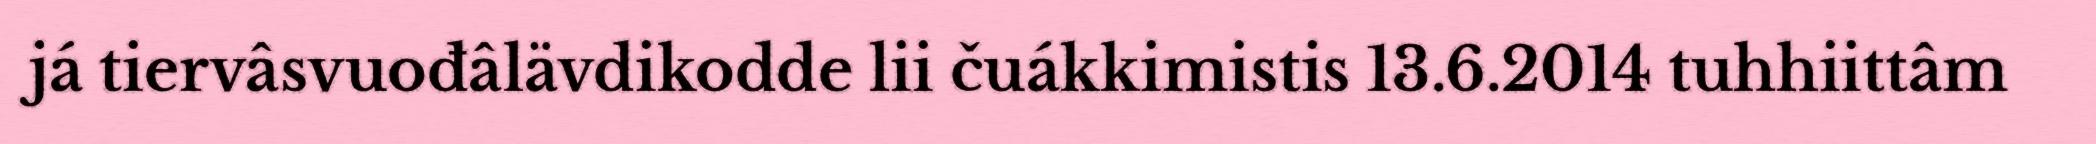
já tiervâsvuođâlävdikodde lii čuákkimistis 13.6.2014 tuhhiittâm